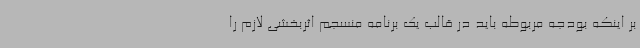
بر اینکه بودجه مربوطه باید در قالب یک برنامه منسجم اثربخشی لازم را